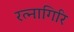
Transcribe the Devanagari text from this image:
रत्‍नागिरि